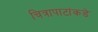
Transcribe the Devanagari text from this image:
चित्रापाटांकडे